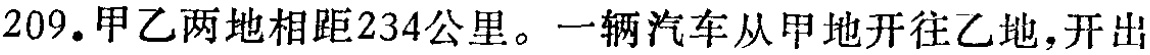
209.甲乙两地相距234公里。一辆汽车从甲地开往乙地,开出